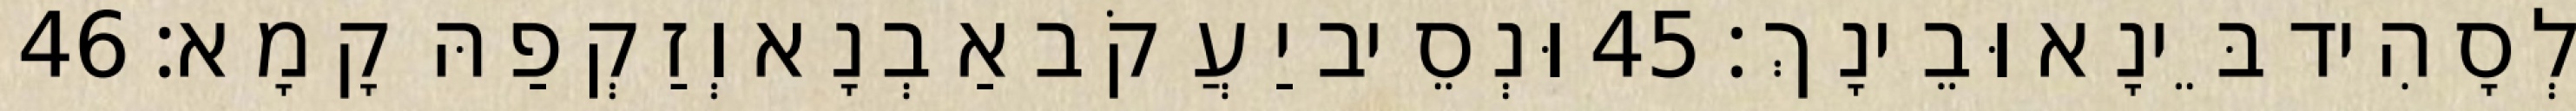
לְסָהִיד בֵּינָא וּבֵינָךְ׃ 45 וּנְסֵיב יַעֲקֹב אַבְנָא וְזַקְפַהּ קָמָא׃ 46